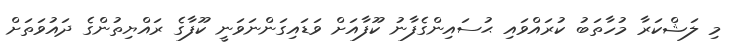
މި ލަޝްކަރާ މުހާތަބު ކުރައްވައި ޙުސައިންގެފާނު ކޫފާއަށް ވަޑައިގަންނަވަނީ ކޫފާގެ ރައްޔިތުންގެ ދައުވަތަށް